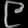
Digit: ၉